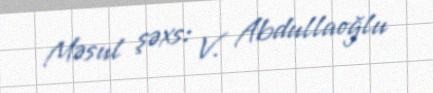
Məsul şəxs: V. Abdullaoğlu